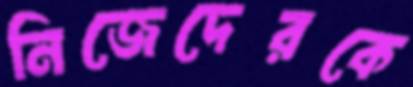
নিজেদেরকে